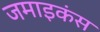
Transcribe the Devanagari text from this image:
जमाइकंस